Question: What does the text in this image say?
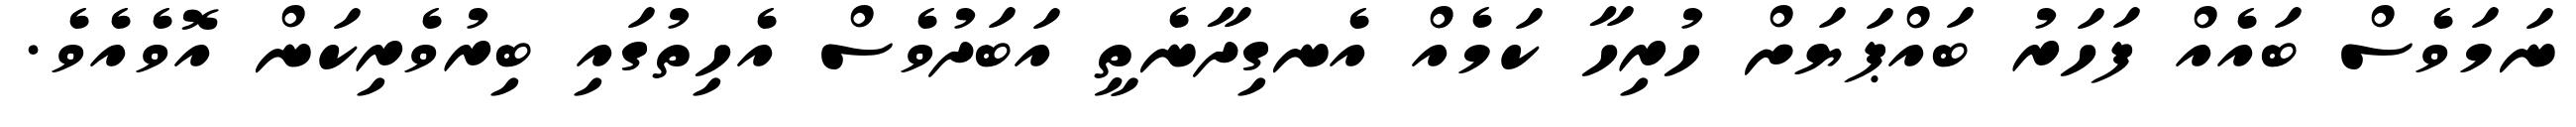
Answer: ނަމަވެސް ބައެއް ފަހަރު ބައްޕަޔަށް ހުރިހާ ކަމެއް އެނގިދާނެތީ އަބަދުވެސް އެހިތުގައި ބިރުވެރިކަން އޮވެއެވެ.